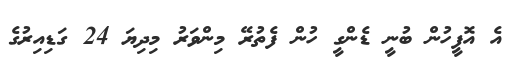
އެ އޮފީހުން ބުނީ ޑެންގީ ހުން ފެތުރޭ މިންވަރު މިދިޔަ 24 ގަޑިއިރުގެ